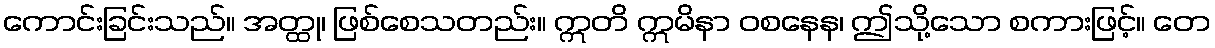
ကောင်းခြင်းသည်။ အတ္ထု၊ ဖြစ်စေသတည်း။ ဣတိ ဣမိနာ ဝစနေန၊ ဤသို့သော စကားဖြင့်။ တေ